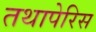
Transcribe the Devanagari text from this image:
तथापेरिस